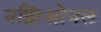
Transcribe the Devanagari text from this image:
नझिओनल